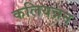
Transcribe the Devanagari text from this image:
कलियन्नन